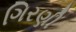
ગિરણી